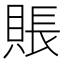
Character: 賬